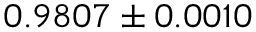
0 . 9 8 0 7 \pm 0 . 0 0 1 0